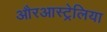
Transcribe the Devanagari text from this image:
औरआस्ट्रेलिया